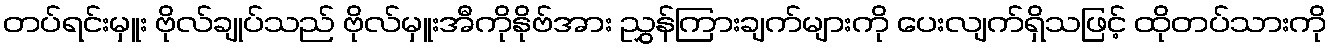
တပ်ရင်းမှူး ဗိုလ်ချုပ်သည် ဗိုလ်မှူးအီကိုနိုဗ်အား ညွှန်ကြားချက်များကို ပေးလျက်ရှိသဖြင့် ထိုတပ်သားကို